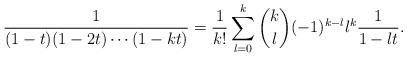
LaTeX: \begin{align*}\frac{1}{(1-t)(1-2t)\cdots(1-kt)} = \frac{1}{k!} \sum_{l=0}^k {k \choose l} (-1)^{k-l} l^k \frac{1}{1-lt}.\end{align*}